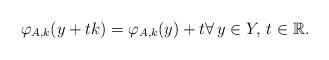
LaTeX: \begin{align*}\varphi _{A,k} (y+t k)=\varphi _{A,k} (y)+t \forall\, y\in Y,\, t \in\mathbb{R}. \end{align*}